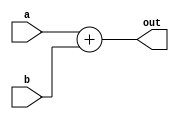
module adder(a, b, out);
    input [3:0] a;
    input [3:0] b;
    output [4:0] out;

    assign out = {1'd0, a} + {1'd0, b};
endmodule